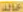
خالد